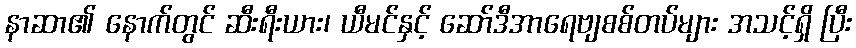
နာဆာ၏ နောက်တွင် ဆီးရီးယား၊ ယီမင်နှင့် ဆော်ဒီအာရေဗျစစ်တပ်များ အသင့်ရှိ ပြီး